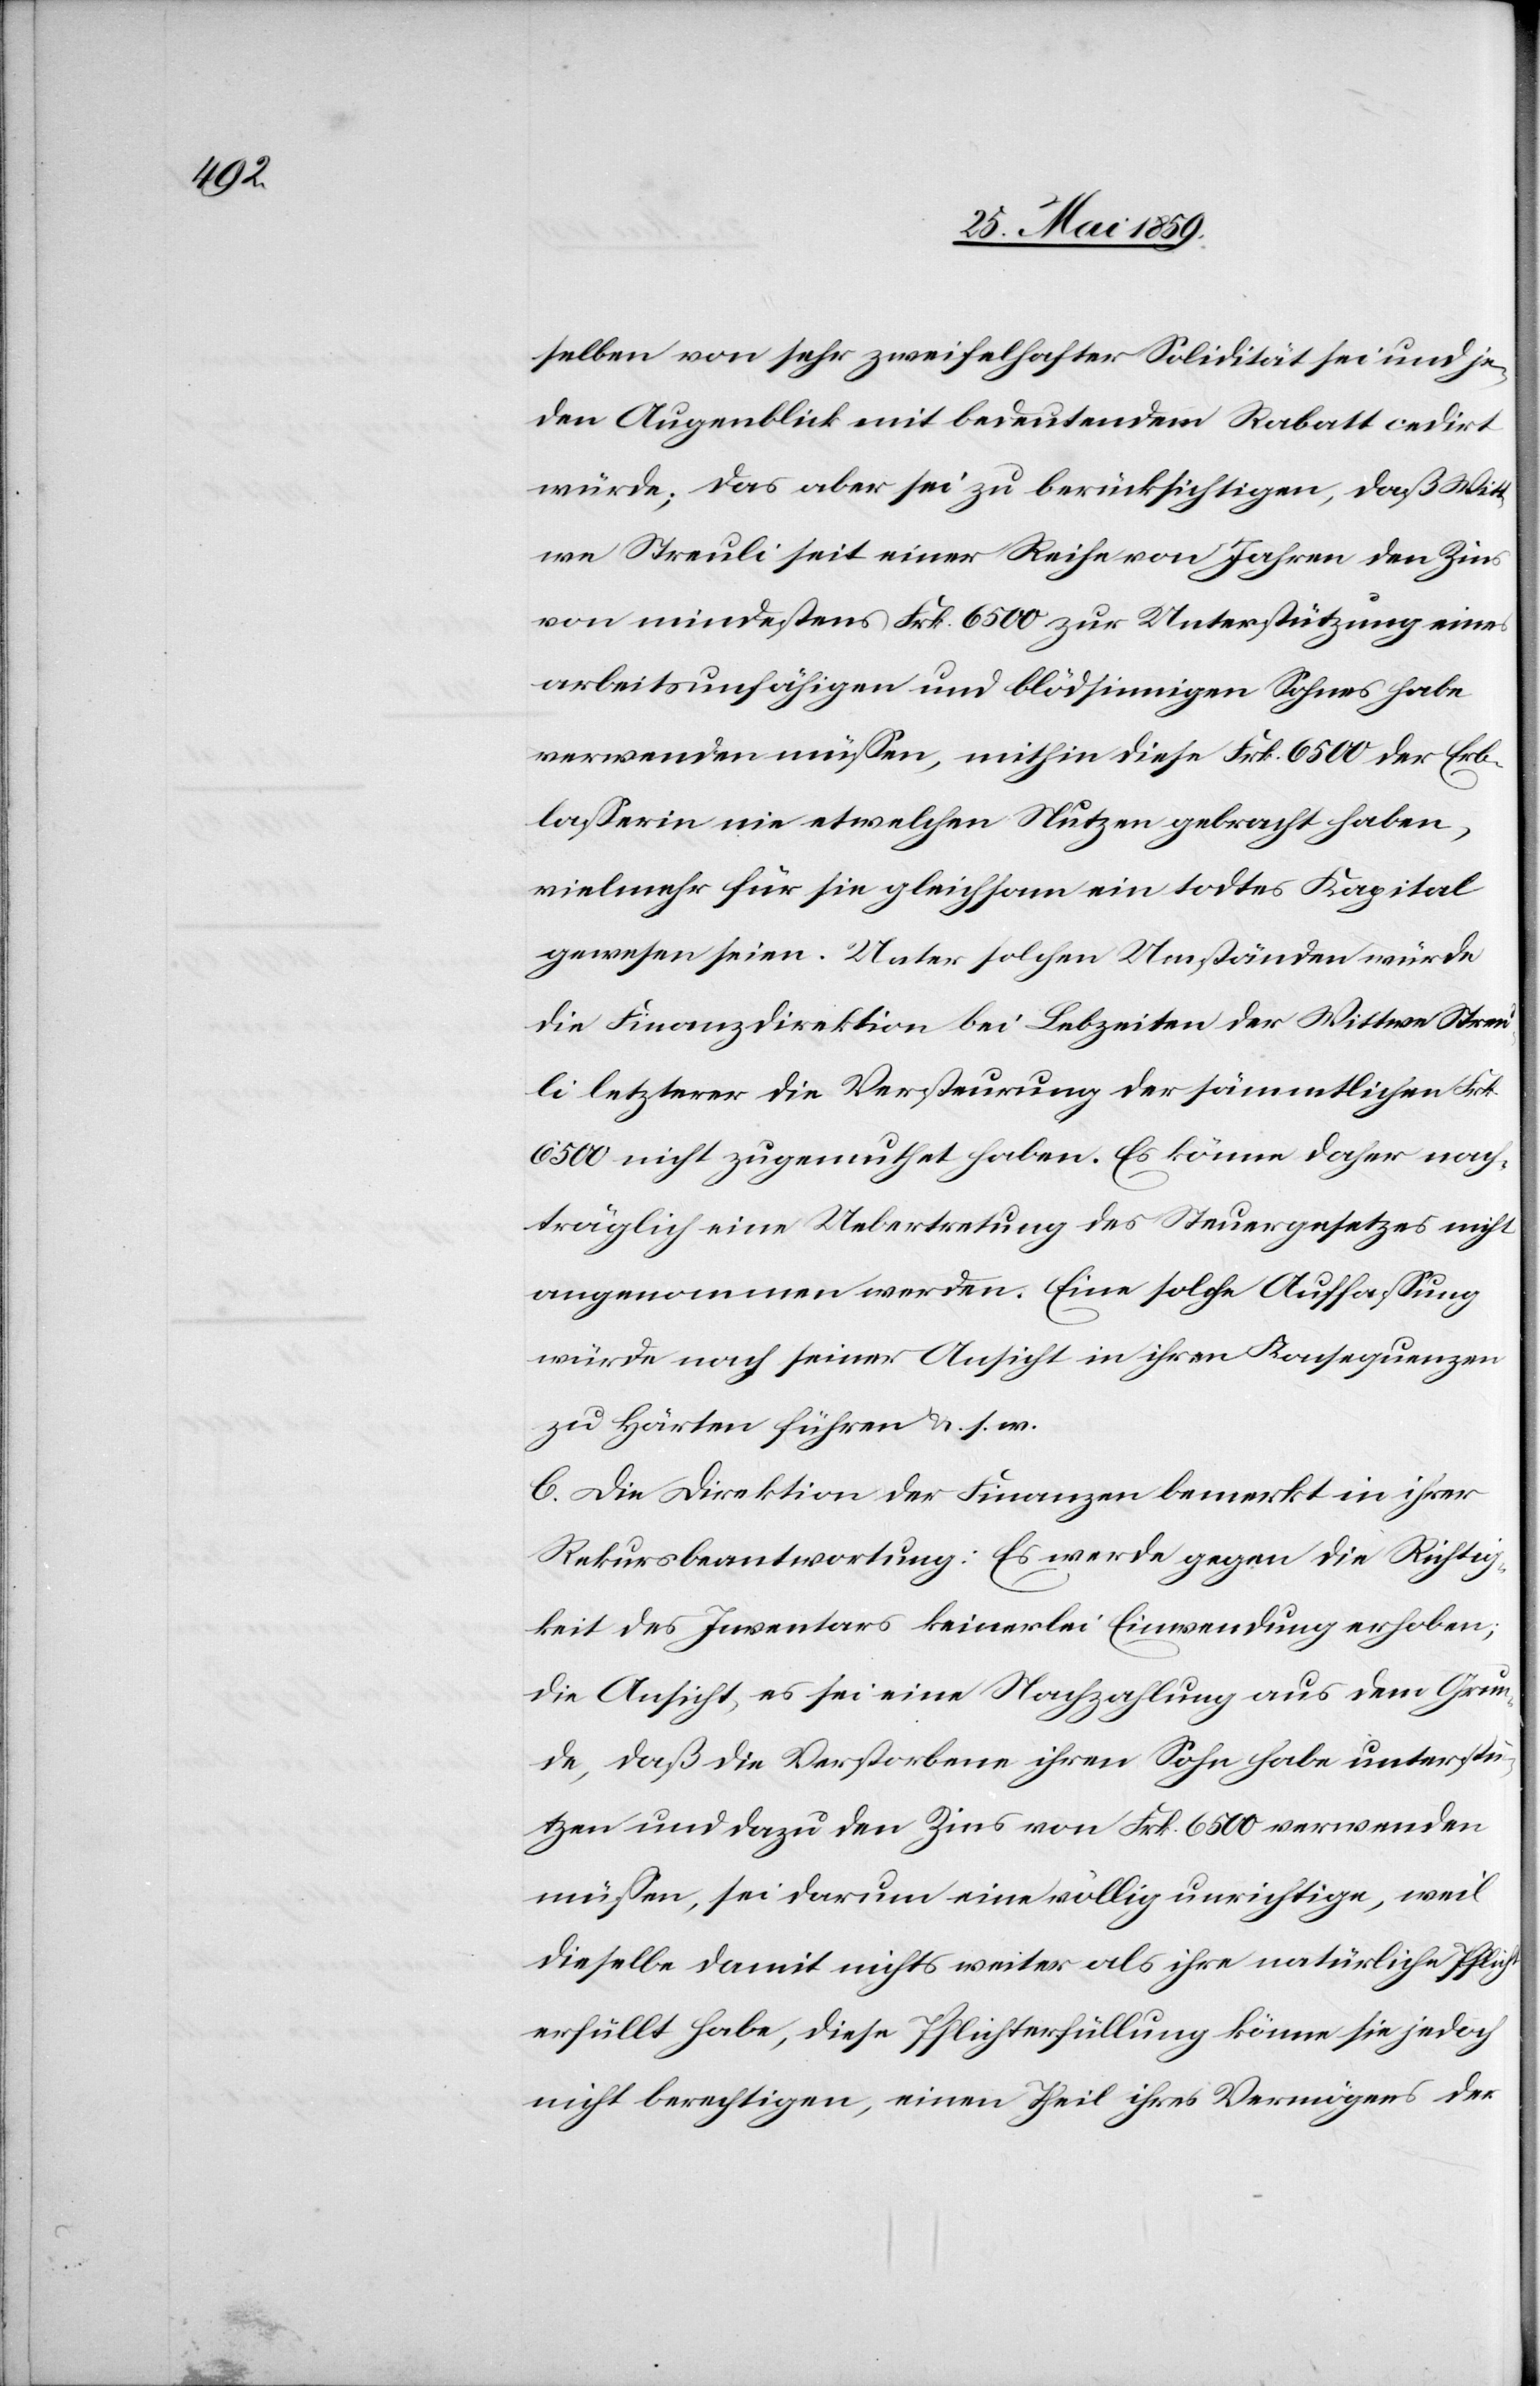
selben von sehr zweifelhafter Solidität sei und je¬
den Augenblick mit bedeutendem Rabatt cedirt
würde; das aber sei zu berücksichtigen, daß Witt¬
we Streuli seit einer Reihe von Jahren den Zins
von mindestens Frk. 6500 zur Unterstützung eines
arbeitsunfähigen und blödsinnigen Sohnes habe
verwenden müssen, mithin diese Frk. 6500 der Erb¬
lasserin nie etwelchen Nutzen gebracht haben,
vielmehr für sie gleichsam ein todtes Kapital
gewesen seien. Unter solchen Umständen würde
die Finanzdirektion bei Lebzeiten der Wittwe Streu¬
li letzterer die Versteurung der sämmtlichen Frk.
6500 nicht zugemuthet haben. Es könne daher nach¬
träglich eine Uebertretung des Steuergesetzes nicht
angenommen werden. Eine solche Auffassung
würde nach seiner Ansicht in ihren Konsequenzen
zu Härten führen u. s. w.
C. Die Direktion der Finanzen bemerkt in ihrer
Rekursbeantwortung: Es werde gegen die Richtig¬
keit des Inventars keinerlei Einwendung erhoben;
die Ansicht, es sei eine Nachzahlung aus dem Grun¬
de, daß die Verstorbene ihren Sohn habe unterstü¬
tzen und dazu den Zins von Frk. 6500 verwenden
müssen, sei darum eine völlig unrichtige, weil
dieselbe damit nichts weiter als ihre natürliche Pflicht
erfüllt habe, diese Pflichterfüllung könne sie jedoch
nicht berechtigen, einen Theil ihres Vermögens der